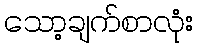
သော့ချက်စာလုံး